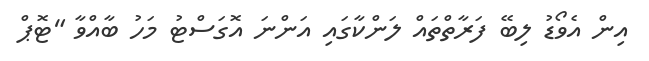
އިން އެވޯޑު ލިބޭ ފަރާތްތައް ލަންކާގައި އަންނަ އޮގަސްޓު މަހު ބާއްވާ "ޓޮޕް